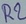
Text: R2